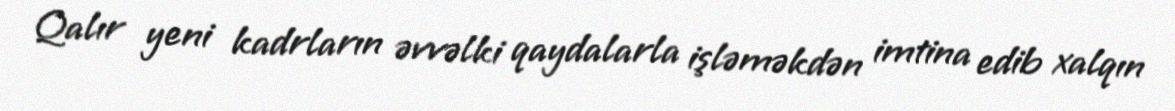
Qalır yeni kadrların əvvəlki qaydalarla işləməkdən imtina edib xalqın